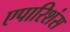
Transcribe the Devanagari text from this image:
एपारिशंस